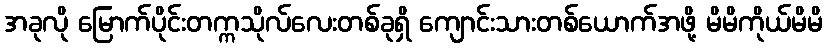
အခုလို မြောက်ပိုင်းတက္ကသိုလ်လေးတစ်ခုရှိ ကျောင်းသားတစ်ယောက်အဖို့ မိမိကိုယ်မိမိ